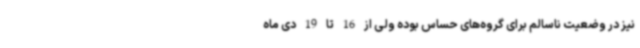
نیز در وضعیت ناسالم برای گروه‌های حساس بوده ولی از 16 تا 19 دی ماه